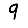
Digit: 9